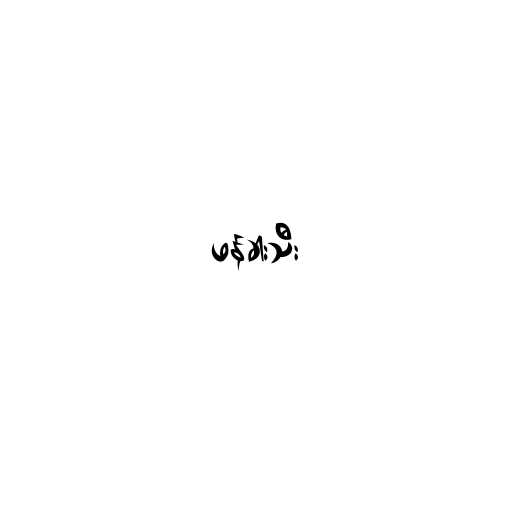
ဖန်ခါးသီး